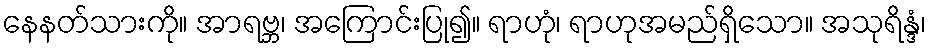
နေနတ်သားကို။ အာရဗ္ဘ၊ အကြောင်းပြု၍။ ရာဟုံ၊ ရာဟုအမည်ရှိသော။ အသုရိန္ဒံ၊